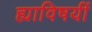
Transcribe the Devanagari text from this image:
ह्याविषयीं